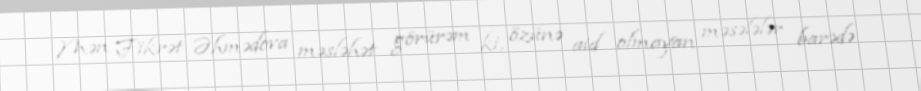
Mən Fikrət Əhmədova məsləhət görürəm ki, özünə aid olmayan məsələlər barədə